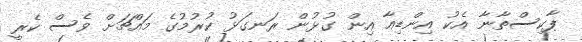
ޕާކިސްތާނާ އެކު އިންޑިއާ އިން ގުޅުން ރަނގަޅު ކުރުމުގެ މައްޗަށް ވެސް ކެރީ